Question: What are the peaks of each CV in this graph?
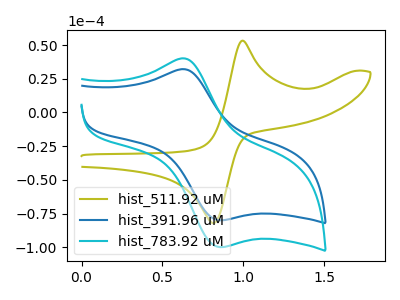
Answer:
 <answer>The olive curve "hist_511.92 uM" has an anodic peak at (1.00V, 53.30uA) and a cathodic peak at (0.80V, -82.00uA). The blue curve "hist_391.96 uM" has an anodic peak at (0.65V, 31.90uA) and a cathodic peak at (0.85V, -79.90uA). The cyan curve "hist_783.92 uM" has an anodic peak at (0.65V, 39.85uA) and a cathodic peak at (0.85V, -99.85uA).</answer>
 <eval></eval>